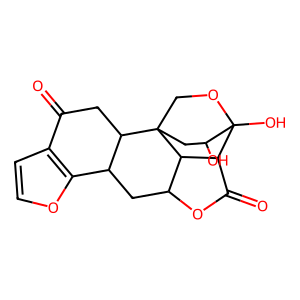
SMILES: O=C1CC2C(CC3OC(=O)C4C3C23COC4(O)C(O)C3)c2occc21
Inhibits HIV replication: No